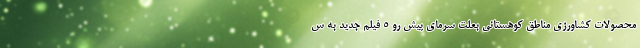
محصولات کشاورزی مناطق کوهستانی بعلت سرمای پیش رو 5 فیلم جدید به س